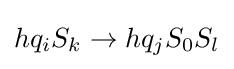
hq_{i}S_{k}\to hq_{j}S_{0}S_{l}